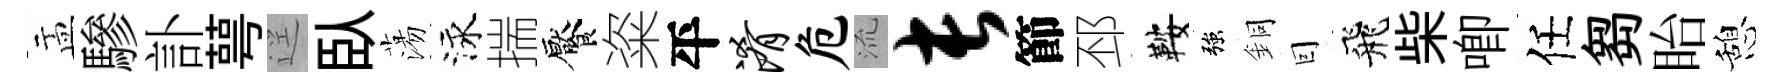
盂驂訃萼逕臥蕩泳揣饜粢平淆危𣴑长節邳鞍強銅囙飛柴唧任芻眙憩